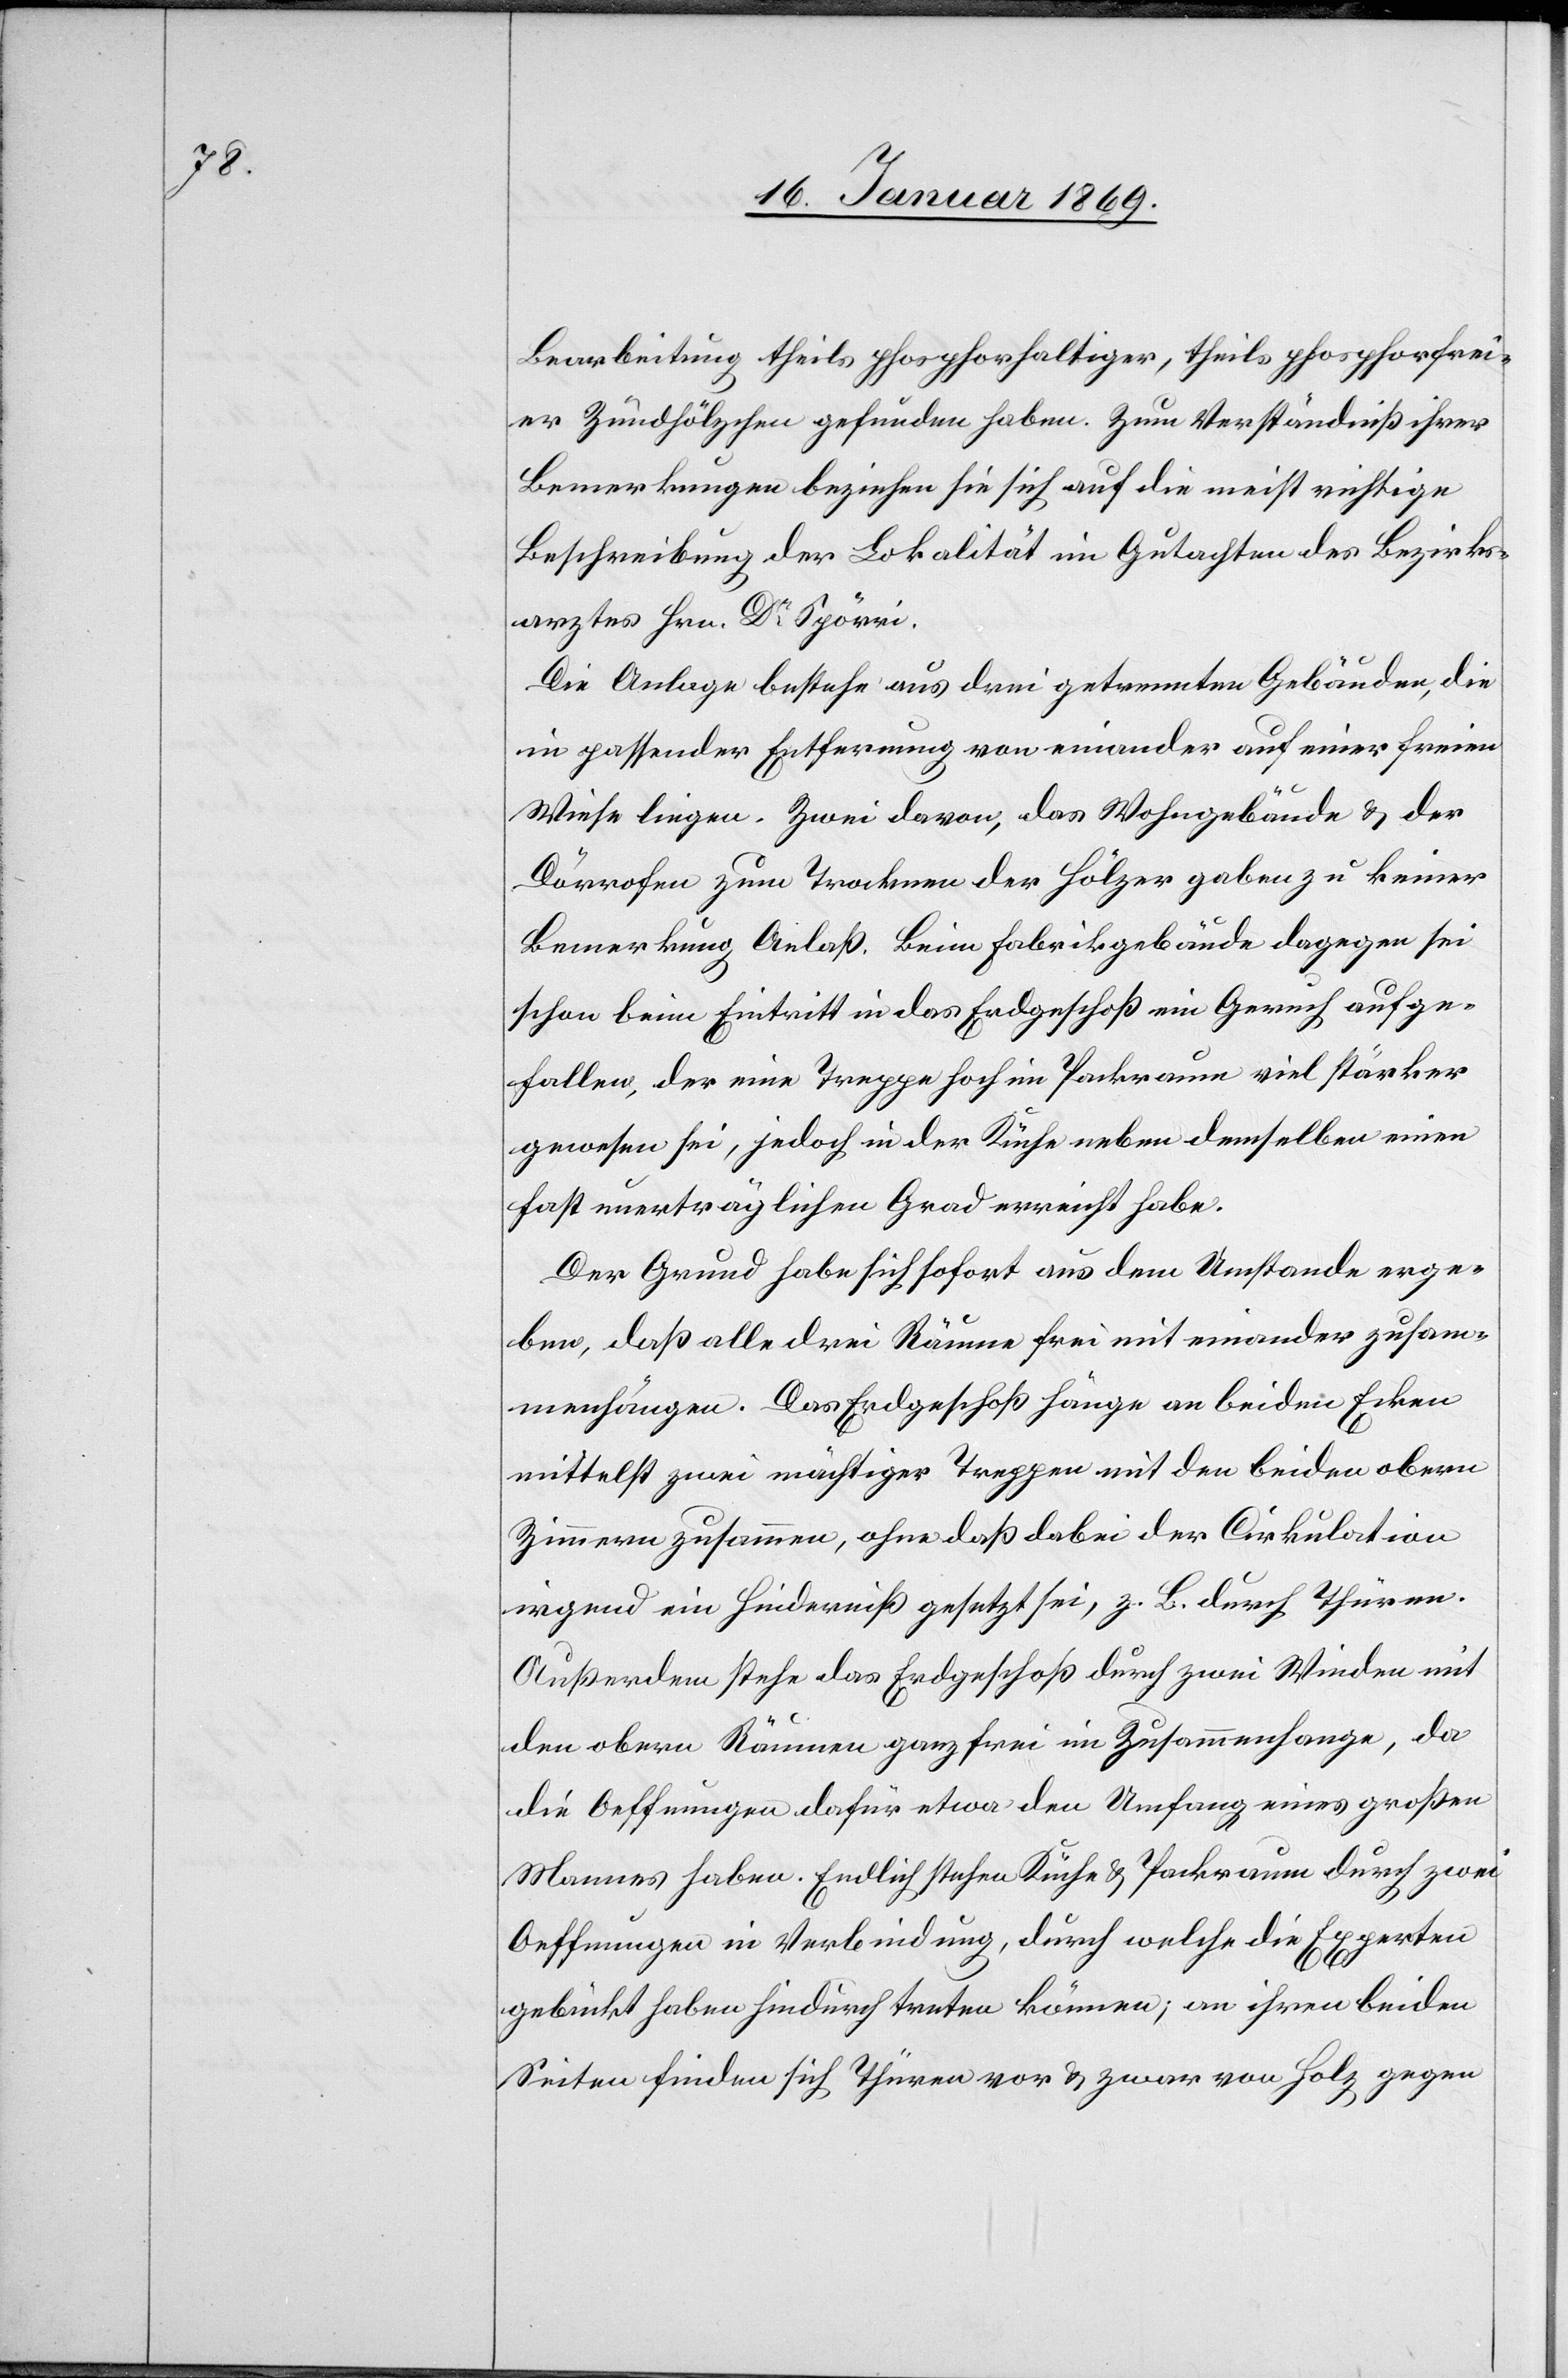
Bearbeitung theils phosphorhaltiger, theils phosphorfrei¬
er Zundhölzchen gefunden haben. Zum Verständniß ihrer
Bemerkungen beziehen sie sich auf die meist richtige
Beschreibung der Lokalität im Gutachten des Bezirks¬
arztes Hrn. Dr Spörri.
Die Anlage bestehe aus drei getrennten Gebäuden, die
in passender Entfernung von einander auf einer freien
Wiese liegen. Zwei davon, das Wohngebäude u. der
Dörrofen zum Trocknen der Hölzer gaben zu keiner
Bemerkung Anlaß. Beim Fabrikgebäude dagegen sei
schon beim Eintritt in das Erdgeschoß ein Geruch aufge¬
fallen, der eine Treppe hoch im Packraum viel stärker
gewesen sei, jedoch in der Küche neben demselben einen
fast unerträglichen Grad erreicht habe.
Der Grund habe sich sofort aus dem Umstande erge¬
ben, daß alle drei Räume frei mit einander zusam¬
menhängen. Das Erdgeschoß hänge an beiden Ecken
mittelst zwei mächtiger Treppen mit den beiden obern
Zimmern zusammen, ohne daß dabei der Cirkulation
irgend ein Hinderniß gesetzt sei, z. B. durch Thüren.
Außerdem stehe das Erdgeschoß durch zwei Winden mit
den obern Räumen ganz frei im Zusammenhange, da
die Oeffnungen dafür etwa den Umfang eines großen
Mannes haben. Endlich stehen Küche u. Packraum durch zwei
Oeffnungen in Verbindung, durch welche die Experten
gebückt haben hindurch treten können; an ihren beiden
Seiten finden sich Thüren vor u. zwar von Holz gegen